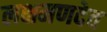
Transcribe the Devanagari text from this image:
लक्षमणदेव